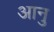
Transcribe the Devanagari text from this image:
आनु